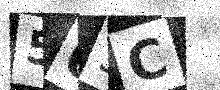
Text: 505C